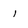
Character: 1